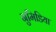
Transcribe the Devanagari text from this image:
नुमिडिया